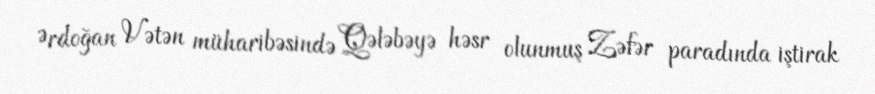
Ərdoğan Vətən müharibəsində Qələbəyə həsr olunmuş Zəfər paradında iştirak